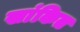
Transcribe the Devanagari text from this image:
खांकित